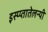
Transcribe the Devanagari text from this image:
इस्प्य्तातेलन्यी